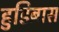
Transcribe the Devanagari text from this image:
हुडिब्रास